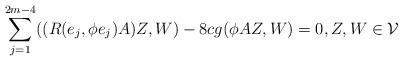
LaTeX: \begin{align*}\sum^{2m-4}_{j=1}((R(e_j,\phi e_j)A)Z,W)-8cg(\phi AZ,W)=0, Z,W\in\mathcal V\end{align*}